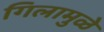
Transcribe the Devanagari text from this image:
गिलामुळे